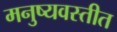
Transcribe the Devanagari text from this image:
मनुष्यवस्तीत